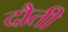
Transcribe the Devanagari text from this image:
दौती